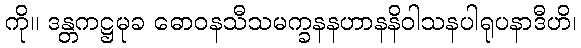
ကို။ ဒန္တကဋ္ဌမုခ ဓောဝနသီသမက္ခနနဟာနနိဝါသနပါရုပနာဒီဟိ၊